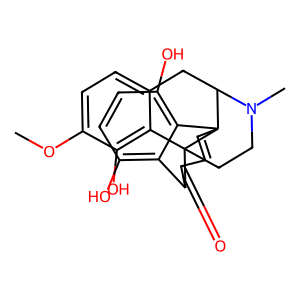
SMILES: COc1ccc2c(c1O)C13CCN(C)C(C2)C12C=CC(=O)C3c1c(O)ccc(O)c12
Inhibits HIV replication: No